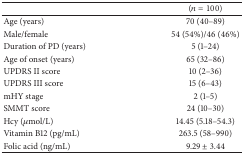
<table><thead><tr><td><b> </b></td><td><b>(<i>n</i> = 100)</b></td></tr></thead><tbody><tr><td>Age (years)</td><td>70 (40–89)</td></tr><tr><td>Male/female</td><td>54 (54%)/46 (46%)</td></tr><tr><td>Duration of PD (years)</td><td>5 (1–24)</td></tr><tr><td>Age of onset (years)</td><td>65 (32–86)</td></tr><tr><td>UPDRS II score</td><td>10 (2–36)</td></tr><tr><td>UPDRS III score</td><td>15 (6–43)</td></tr><tr><td>mHY stage</td><td>2 (1–5)</td></tr><tr><td>SMMT score</td><td>24 (10–30)</td></tr><tr><td>Hcy (<i>μ</i>mol/L)</td><td>14.45 (5.18–54.3)</td></tr><tr><td>Vitamin B12 (pg/mL)</td><td>263.5 (58–990)</td></tr><tr><td>Folic acid (ng/mL)</td><td>9.29 ± 3.44</td></tr></tbody></table>